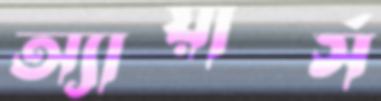
অ্যায়ার্স